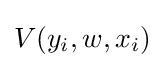
V(y_{i},w,x_{i})